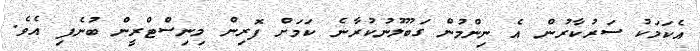
އެކަމަކު ސަރުކާރުން އެ ނިންމުން ގަބޫލުނުކުރާނެ ކަމަށް ފޮރިން މިނިސްޓްރީން ބުނެފި އެވެ.